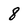
Character: 8